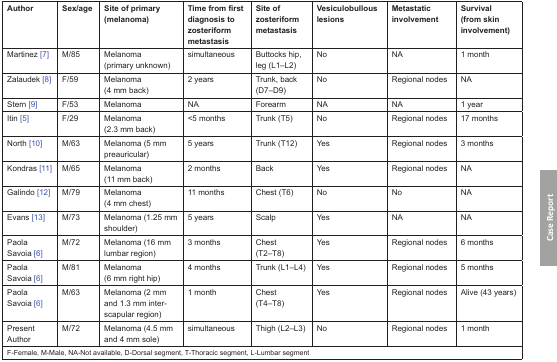
| Author | Sex/age | Site of primary (melanoma) | Time from first diagnosis to zosteriform metastasis | Site of zosteriform metastasis | Vesiculobullous lesions | Metastatic involvement | Survival (from skin involvement) |
 | --- | --- | --- | --- | --- | --- | --- | --- |
 | Martinez [7] | M/85 | Melanoma (primary unknown) | simultaneous | Buttocks hip, leg (L1–L2) | No | NA | 1 month |
 | Zalaudek [8] | F/59 | Melanoma (4 mm back) | 2 years | Trunk, back (D7–D9) | No | Regional nodes | NA |
 | Stern [9] | F/53 | Melanoma | NA | Forearm | NA | NA | 1 year |
 | Itin [5] | F/29 | Melanoma (2.3 mm back) | <5 months | Trunk (T5) | No | Regional nodes | 17 months |
 | North [10] | M/63 | Melanoma (5 mm preauricular) | 5 years | Trunk (T12) | Yes | Regional nodes | 3 months |
 | Kondras [11] | M/65 | Melanoma (11 mm back) | 2 months | Back | Yes | Regional nodes | NA |
 | Galindo [12] | M/79 | Melanoma (4 mm chest) | 11 months | Chest (T6) | No | No | NA |
 | Evans [13] | M/73 | Melanoma (1.25 mm shoulder) | 5 years | Scalp | Yes | NA | NA |
 | Paola Savoia [6] | M/72 | Melanoma (16 mm lumbar region) | 3 months | Chest (T2–T8) | Yes | Regional nodes | 6 months |
 | Paola Savoia [6] | M/81 | Melanoma (6 mm right hip) | 4 months | Trunk (L1–L4) | Yes | Regional nodes | 5 months |
 | Paola Savoia [6] | M/63 | Melanoma (2 mm and 1.3 mm inter-scapular region) | 1 month | Chest (T4–T8) | Yes | Regional nodes | Alive (43 years) |
 | Present Author | M/72 | Melanoma (4.5 mm and 4 mm sole) | simultaneous | Thigh (L2–L3) | No | Regional nodes | 1 month |